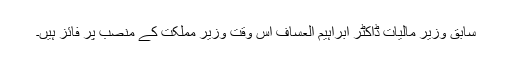
سابق وزیر مالیات ڈاکٹر ابراہیم العساف اس وقت وزیر مملکت کے منصب پر فائز ہیں۔